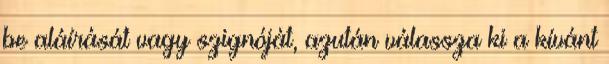
be aláírását vagy szignóját, azután válassza ki a kívánt